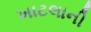
ખાટલાની